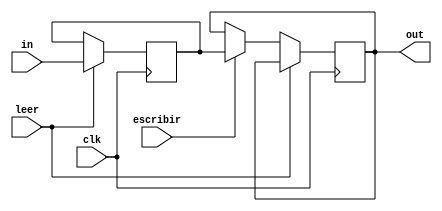
`timescale 1ns / 1ps
//////////////////////////////////////////////////////////////////////////////////
// Company: 
// Engineer: 
// 
// Design Name: 
// Module Name:    reg_banda 
// Project Name: 
// Target Devices: 
// Tool versions: 
// Description: 
//
// Dependencies: 
//
// Revision: 
// Revision 0.01 - File Created
// Additional Comments: 
//
//////////////////////////////////////////////////////////////////////////////////
module reg_banda#(parameter cant_bits = 25)(
						input wire [cant_bits-1:0] in,
						input wire leer, escribir, clk,
						output reg [cant_bits-1:0] out = 0
    );

reg [cant_bits-1:0] dato = 0;

always @ (posedge clk)
	if(leer)
		dato = in;
	else if(escribir)
		out = dato;

endmodule